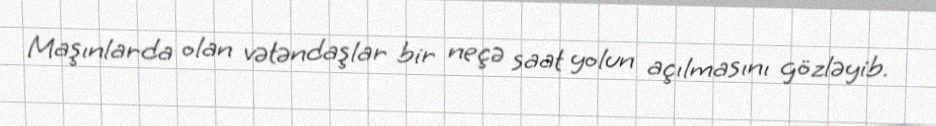
Maşınlarda olan vətəndaşlar bir neçə saat yolun açılmasını gözləyib.